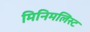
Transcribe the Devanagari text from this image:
मिनिमलिस्ट